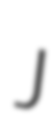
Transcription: J